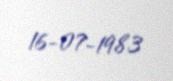
16-07-1983